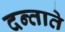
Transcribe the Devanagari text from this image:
दन्ताते